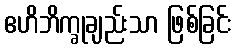
ဧဟိဘိက္ခုချည်းသာ ဖြစ်ခြင်း